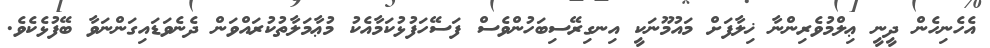
އެހެނިހެން ދީނީ ޢިލްމުވެރިންނާ ޚިލާފަށް މައުމޫނަކީ އިނގިރޭސިބަހުންވެސް ފަސޭހަފުޅުކަމާއެކު މުޢާމަލާތުކުރައްވަން ދެނެވަޑައިގަންނަވާ ބޭފުޅެކެވެ.